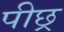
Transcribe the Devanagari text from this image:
पीछ्र